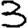
Digit: 3